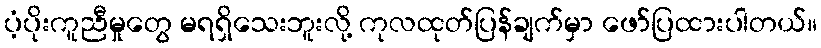
ပံ့ပိုးကူညီမှုတွေ မရရှိသေးဘူးလို့ ကုလထုတ်ပြန်ချက်မှာ ဖော်ပြထားပါတယ်။